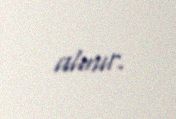
alınır.